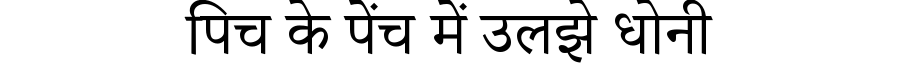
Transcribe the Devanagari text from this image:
पिच के पेंच में उलझे धोनी